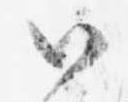
候